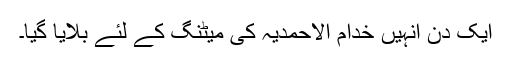
ایک دن انہیں خدام الاحمدیہ کی میٹنگ کے لئے بلایا گیا۔